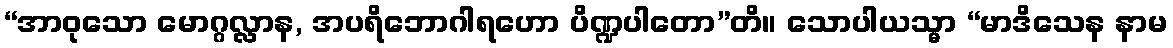
“အာဝုသော မောဂ္ဂလ္လာန, အပရိဘောဂါရဟော ပိဏ္ဍပါတော”တိ။ သောပါယသ္မာ “မာဒိသေန နာမ